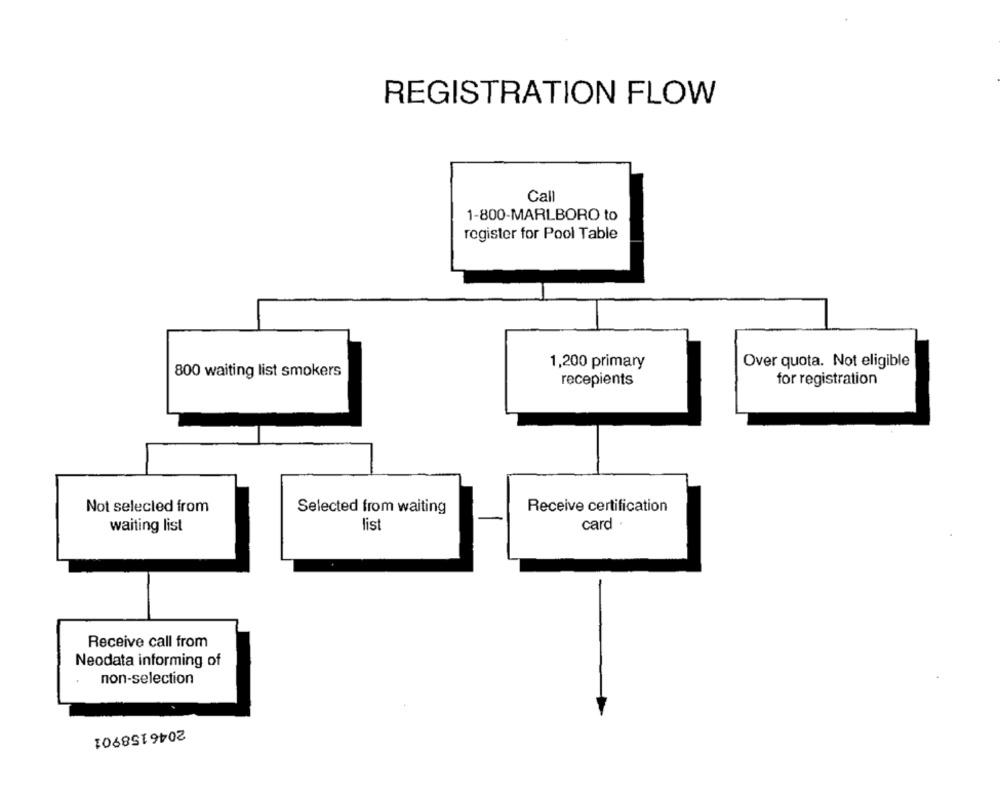
REGISTRATION FLOW
Call
1-800-MARLBORO to
register for Pool Table
1,200 primary
Over quota. Not eligible
800 waiting list smokers
recepients
for registration
Not selected from
Selected from waiting
Receive certification
waiting list
list
card .
Receive call from
Neodata informing of
non-selection
2046158901